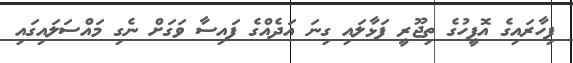
ފިހާރައިގެ އޮފީހުގެ ތިޖޫރީ ފަޅާލައި ގިނަ އަދެއްގެ ފައިސާ ވަގަށް ނެގި މައްސަލައިގައި